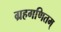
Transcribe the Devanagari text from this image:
ग्रहगणितम्